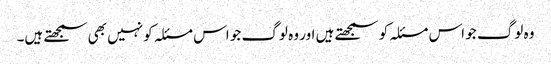
وہ لوگ جو اس مسئلہ کو سمجھتے ہیں اور وہ لوگ جو اس مسئلہ کو نہیں بھی سمجھتے ہیں۔